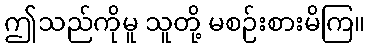
ဤသည်ကိုမူ သူတို့ မစဉ်းစားမိကြ။